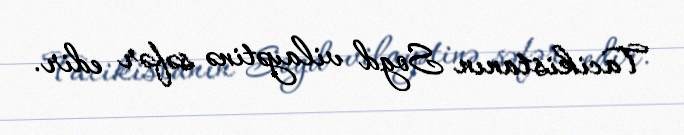
Tacikistanın Sogd vilayətinə səfər edir.